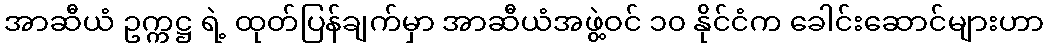
အာဆီယံ ဥက္ကဋ္ဌ ရဲ့ ထုတ်ပြန်ချက်မှာ အာဆီယံအဖွဲ့ဝင် ၁၀ နိုင်ငံက ခေါင်းဆောင်များဟာ